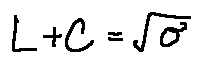
L + C = \sqrt { \sigma }